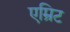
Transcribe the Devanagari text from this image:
एम्रिट